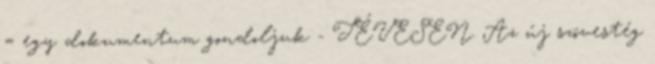
= egy dokumentum gondoljuk - TÉVESEN. Az új szövestég